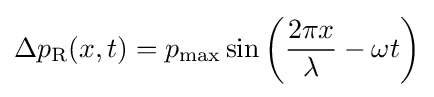
\Delta p_{\text{R}}(x,t)=p_{\text{max}}\sin \left({2\pi x \over \lambda }-\omega t\right)